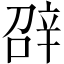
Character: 𨐓